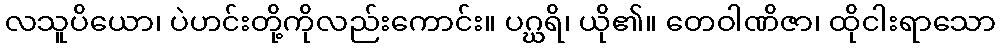
လသူပိယော၊ ပဲဟင်းတို့ကိုလည်းကောင်း။ ပဂ္ဃရိ၊ ယို၏။ တေဝါဏိဇာ၊ ထိုငါးရာသော